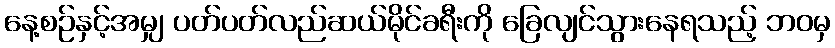
နေ့စဉ်နှင့်အမျှ ပတ်ပတ်လည်ဆယ်မိုင်ခရီးကို ခြေလျင်သွားနေရသည့် ဘဝမှ